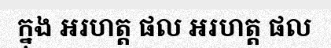
ក្នុង អរហត្ត ផល អរហត្ត ផល